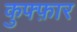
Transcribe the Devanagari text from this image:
कुफ्फ़ार